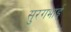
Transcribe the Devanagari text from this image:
सुरगभाई